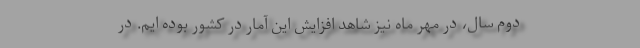
دوم سال، در مهر ماه نیز شاهد افزایش این آمار در کشور بوده ایم. در